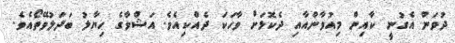
ދުވަން އެގުނީ ކާއިން މިއުވާންއާއި ދެކޮޅަށް ވާހަކަ ދެއްކިއެވެ. އަޝްވާގެ ހިޔާލު ބަދަލުވޭތޯއެވެ.